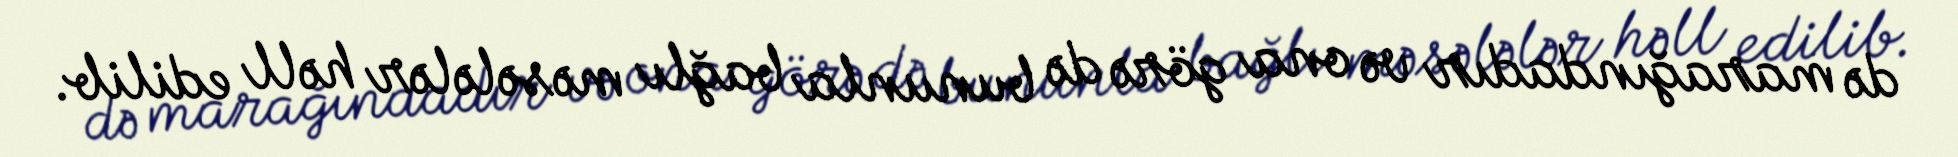
də marağındadır və ona görə də bununla bağlı məsələlər həll edilib.